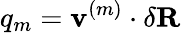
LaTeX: q_{m}=\mathbf{v}^{(m)}\cdot\delta\mathbf{R}